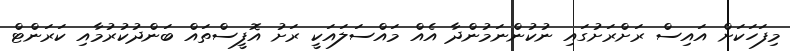
މިފަހަކަށް އައިސް ރަށްރަށުގައި ނުކުންނަމުންދާ އެއް މައްސަލައަކީ ރަށު އޮފީސްތައް ބަންދުކުރުމާއި ކަރަންޓް